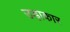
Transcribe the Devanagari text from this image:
उड़ाकार